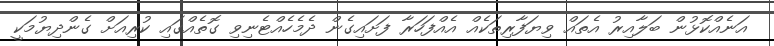
އަނެއްކޮޅުން ބަލާއިރު އެތައް ވިޔަފާރިތަކެއް އެެއްފަހަރާ ފަށައިގެން ދެމެހެއްޓެނިވި ގޮތެއްގައި ކުރިއަށް ގެންދިޔުމަކީ